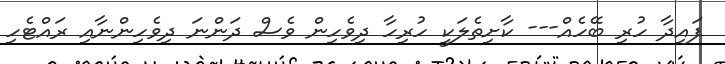
ފައިދާ ހުރި ބޭހެއް--- ކާށިތެލަކީ ހުރިހާ ދިވެހިން ވެސް ދަންނަ ދިވެހިންނާއި ރައްޓެހި